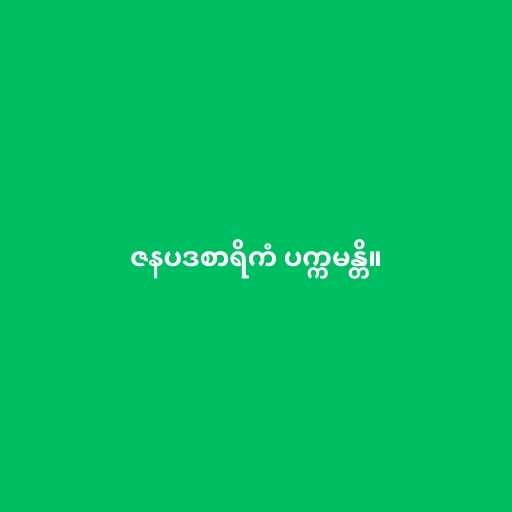
ဇနပဒစာရိကံ ပက္ကမန္တိ။